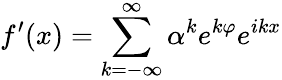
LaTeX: f^{\prime}(x)=\sum_{k=-\infty}^{\infty}\alpha^{k}e^{k\varphi}e^{ikx}